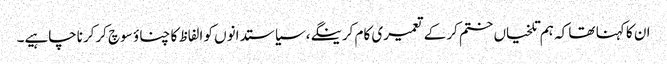
ان کا کہنا تھا کہ ہم تلخیاں ختم کرکے تعمیری کام کرینگے،سیاستدانوں کو الفاظ کا چناؤ سوچ کرکرناچاہیے۔